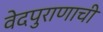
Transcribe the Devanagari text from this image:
वेदपुराणाची